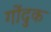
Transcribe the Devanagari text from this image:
गोंदुक